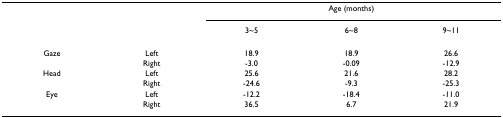
|  |  | <COLSPAN=3> Age (months) |
 |  |  | 3~5 | 6~8 | 9~11 |
 | --- | --- | --- | --- | --- |
 | Gaze | Left | 18.9 | 18.9 | 26.6 |
 |  | Right | -3.0 | -0.09 | -12.9 |
 | Head | Left | 25.6 | 21.6 | 28.2 |
 |  | Right | -24.6 | -9.3 | -25.3 |
 | Eye | Left | -12.2 | -18.4 | -11.0 |
 |  | Right | 36.5 | 6.7 | 21.9 |